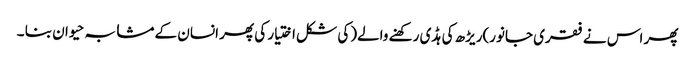
پھر اس نے فقری جانور)ریڑھ کی ہڈی رکھنے والے(کی شکل اختیار کی پھر انسان کے مشابہ حیوان بنا ۔